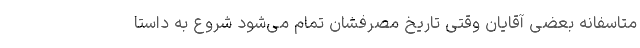
متاسفانه بعضی آقایان وقتی تاریخ مصرفشان تمام می‌شود شروع به داستا